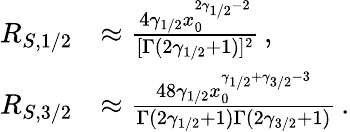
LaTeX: \begin{array}{rl}{R_{S,1/2}}&{\approx\frac{4\gamma_{1/2}x_{0}^{2\gamma_{1/2}-2}}{[\Gamma(2\gamma_{1/2}+1)]^{2}}\, ,}\\ {R_{S,3/2}}&{\approx\frac{48\gamma_{1/2}x_{0}^{\gamma_{1/2}+\gamma_{3/2}-3}}{\Gamma(2\gamma_{1/2}+1)\Gamma(2\gamma_{3/2}+1)}\, .}\end{array}